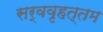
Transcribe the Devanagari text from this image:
सर्ववृहत्तम